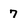
Character: 7